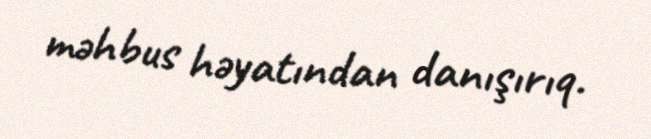
məhbus həyatından danışırıq.